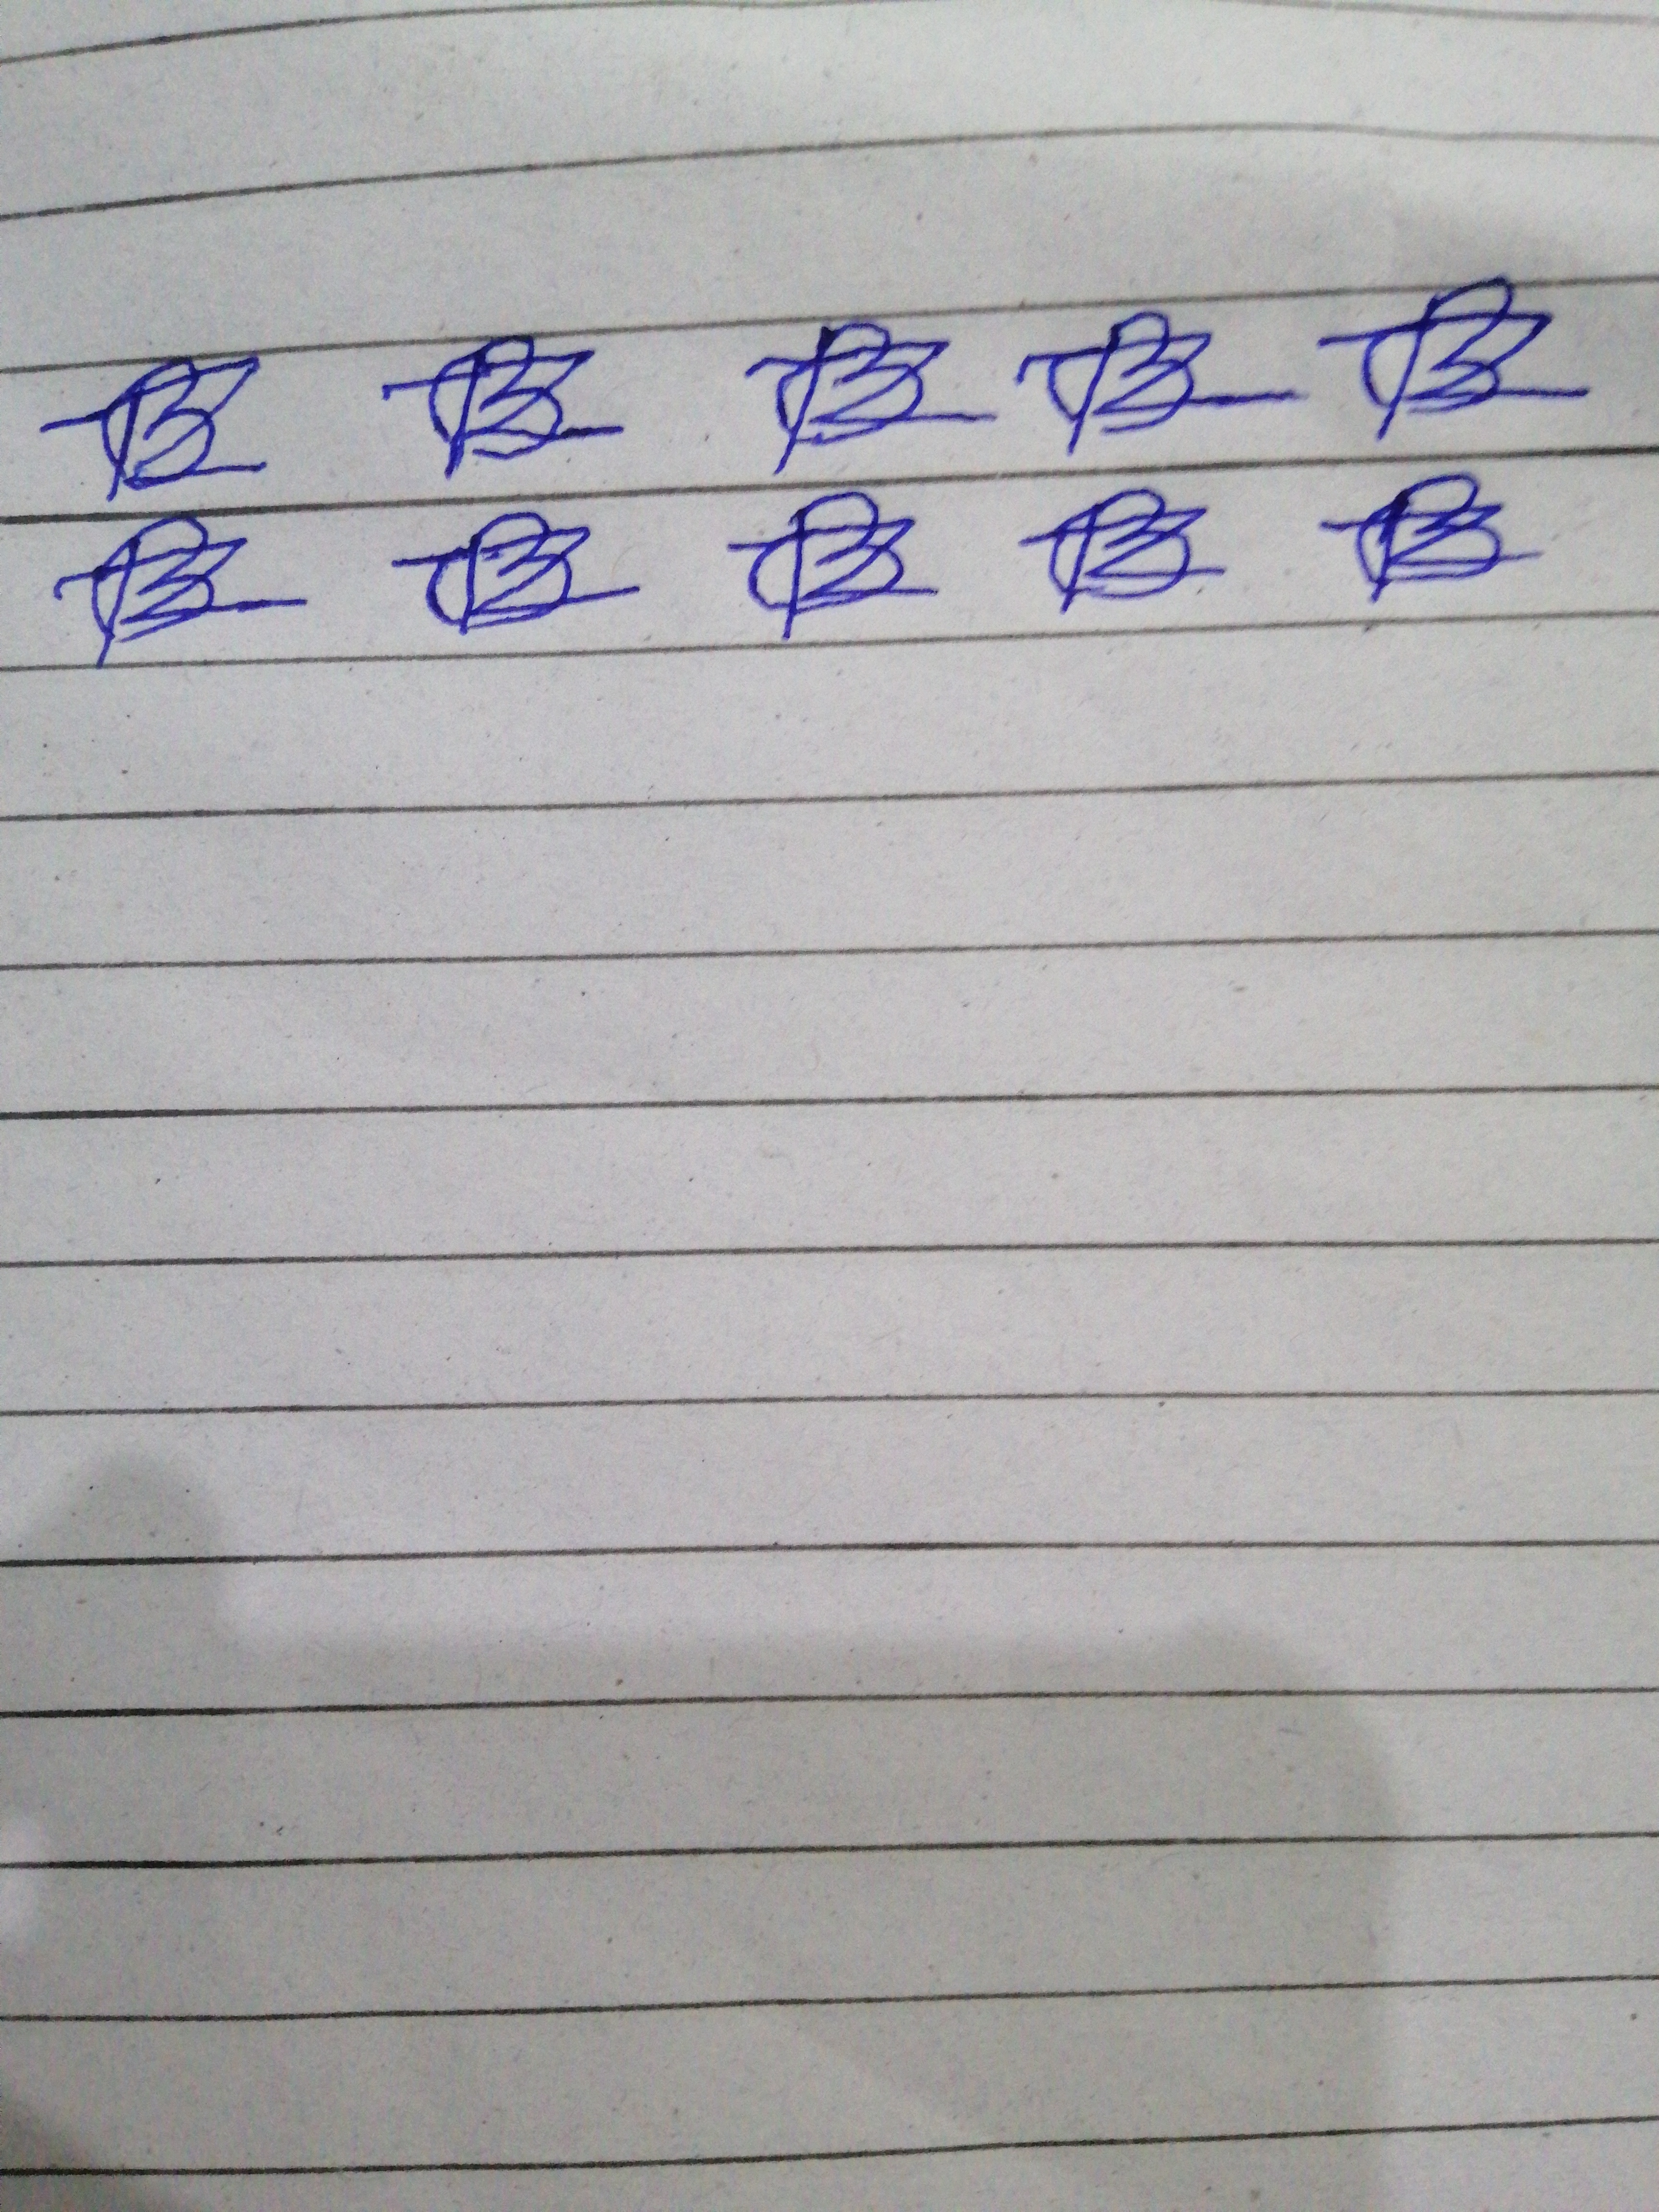
Signature authenticity: forged